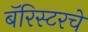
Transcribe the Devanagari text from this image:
बॅरिस्टरचे